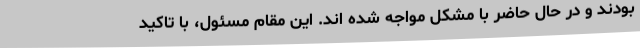
بودند و در حال حاضر با مشکل مواجه شده اند. این مقام مسئول، با تاکید